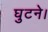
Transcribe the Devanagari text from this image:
घुटने।